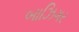
બાઝિગર